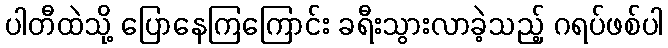
ပါတီထဲသို့ ပြောနေကြကြောင်း ခရီးသွားလာခဲ့သည့် ဂရပ်ဖစ်ပါ